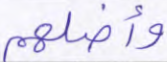
وأضلهم